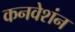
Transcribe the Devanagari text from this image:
कनवेशंन